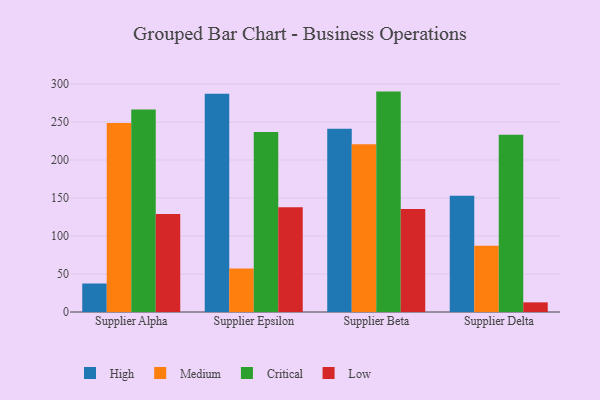
{"axis": {"x": "Supplier", "y": "Humidity (%)"}, "legend": ["Critical", "High", "Low", "Medium"], "data": [{"x": "Supplier Alpha", "y": 37.5, "type": "High"}, {"x": "Supplier Alpha", "y": 248.8, "type": "Medium"}, {"x": "Supplier Alpha", "y": 266.6, "type": "Critical"}, {"x": "Supplier Alpha", "y": 128.9, "type": "Low"}, {"x": "Supplier Epsilon", "y": 287.2, "type": "High"}, {"x": "Supplier Epsilon", "y": 57.3, "type": "Medium"}, {"x": "Supplier Epsilon", "y": 236.8, "type": "Critical"}, {"x": "Supplier Epsilon", "y": 137.9, "type": "Low"}, {"x": "Supplier Beta", "y": 241.2, "type": "High"}, {"x": "Supplier Beta", "y": 220.6, "type": "Medium"}, {"x": "Supplier Beta", "y": 290.0, "type": "Critical"}, {"x": "Supplier Beta", "y": 135.4, "type": "Low"}, {"x": "Supplier Delta", "y": 153.0, "type": "High"}, {"x": "Supplier Delta", "y": 87.2, "type": "Medium"}, {"x": "Supplier Delta", "y": 233.3, "type": "Critical"}, {"x": "Supplier Delta", "y": 12.7, "type": "Low"}]}